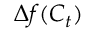
\Delta f ( C _ { t } )